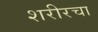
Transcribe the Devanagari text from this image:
शरीरचा